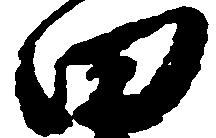
田